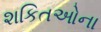
શકિતઓના